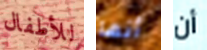
للأطفال أنها أن